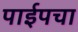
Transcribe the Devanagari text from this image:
पाईपचा